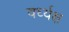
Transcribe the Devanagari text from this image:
वर्ध्यक्ष